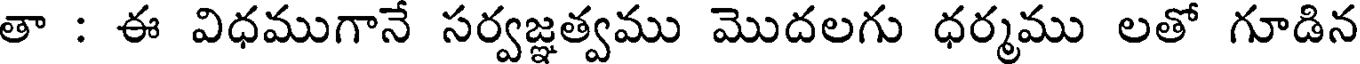
తా : ఈ విధముగానే సర్వజ్ఞత్వము మొదలగు ధర్మము లతో గూడిన